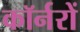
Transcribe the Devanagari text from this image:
कॉर्नरों